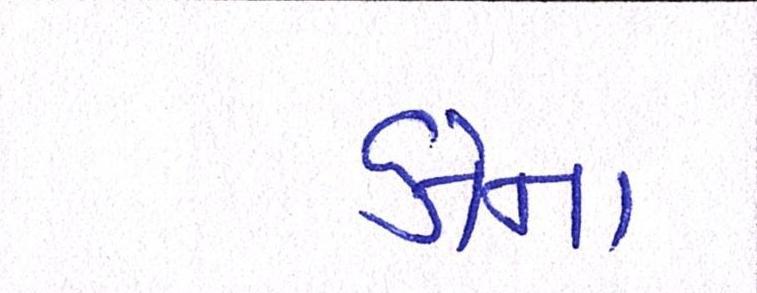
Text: કોના